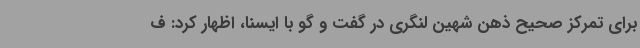
برای تمرکز صحیح ذهن شهین لنگری در گفت و گو با ایسنا، اظهار کرد: ف